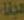
مجانا